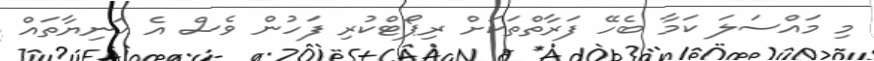
މި މައްސަލަ ކަމާ ބެހޭ ފަރާތްތަކަށް ރިޕޯޓްކުރި ފަހުން ވެސް އެ އަނިޔާތައް